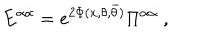
LaTeX: { E } ^ { \alpha \dot { \alpha } } = e ^ { 2 \Phi ( x , \theta , \bar { \theta } ) } \Pi ^ { \alpha \dot { \alpha } } ~ ,